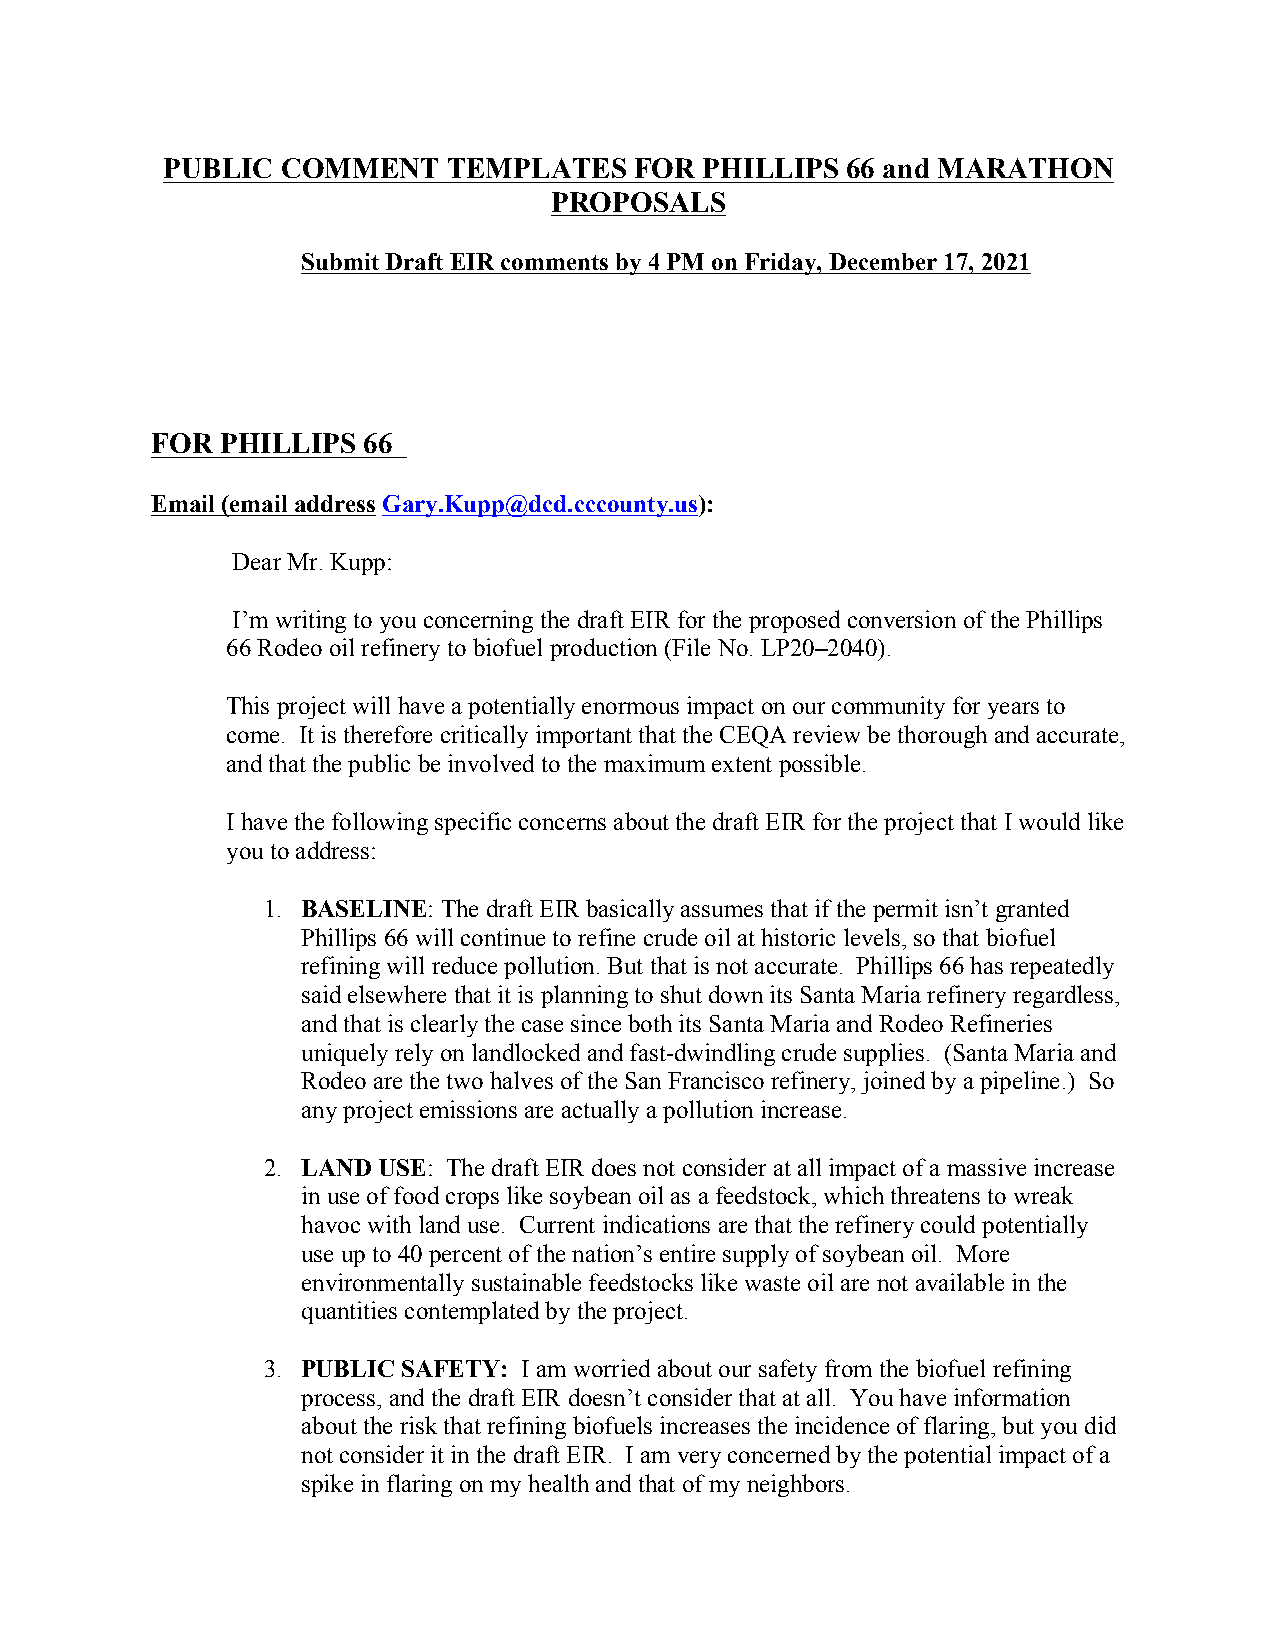
PUBLIC  COMMENT    TEMPLATES   FOR  PHILLIPS 66 and MARATHON
 PROPOSALS
 Submit Draft EIR comments by 4 PM on Friday, December 17, 2021
 FOR  PHILLIPS 66
 Email (email address Gary.Kupp@dcd.cccounty.us):
 Dear Mr. Kupp:
 I’m writing to you concerning the draft EIR for the proposed conversion of the Phillips
 66 Rodeo oil refinery to biofuel production (File No. LP20–2040).
 This project will have a potentially enormous impact on our community for years to
 come. It is therefore critically important that the CEQA review be thorough and accurate,
 and that the public be involved to the maximum extent possible.
 I have the following specific concerns about the draft EIR for the project that I would like
 you to address:
 1. BASELINE: The draft EIR basically assumes that if the permit isn’t granted
 Phillips 66 will continue to refine crude oil at historic levels, so that biofuel
 refining will reduce pollution. But that is not accurate. Phillips 66 has repeatedly
 said elsewhere that it is planning to shut down its Santa Maria refinery regardless,
 and that is clearly the case since both its Santa Maria and Rodeo Refineries
 uniquely rely on landlocked and fast-dwindling crude supplies. (Santa Maria and
 Rodeo are the two halves of the San Francisco refinery, joined by a pipeline.) So
 any project emissions are actually a pollution increase.
 2. LAND USE: The draft EIR does not consider at all impact of a massive increase
 in use of food crops like soybean oil as a feedstock, which threatens to wreak
 havoc with land use. Current indications are that the refinery could potentially
 use up to 40 percent of the nation’s entire supply of soybean oil. More
 environmentally sustainable feedstocks like waste oil are not available in the
 quantities contemplated by the project.
 3. PUBLIC SAFETY: I am worried about our safety from the biofuel refining
 process, and the draft EIR doesn’t consider that at all. You have information
 about the risk that refining biofuels increases the incidence of flaring, but you did
 not consider it in the draft EIR. I am very concerned by the potential impact of a
 spike in flaring on my health and that of my neighbors.